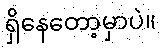
ရှိနေတော့မှာပဲ။